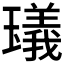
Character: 𤩺